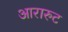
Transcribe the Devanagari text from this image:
आरारुट